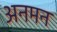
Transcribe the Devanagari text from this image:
अनमन